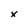
Character: x